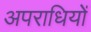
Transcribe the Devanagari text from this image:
अपराधियों